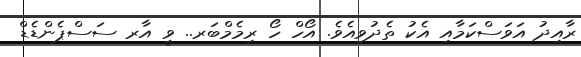
ރާއިދު އަވަސްކަމާއި އެކު ތެދުވިއެވެ. އޯހް ހޯ ރިމެމްބަރ.. ވީ އާރ ސަސްޕެންޑެޑް